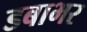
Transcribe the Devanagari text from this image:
डबाभर